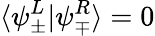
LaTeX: \langle\psi_{\pm}^{L}|\psi_{\mp}^{R}\rangle=0